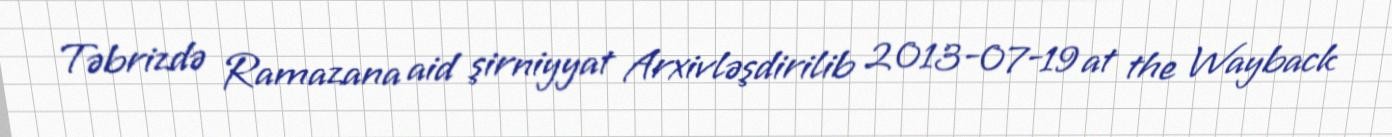
Təbrizdə Ramazana aid şirniyyat Arxivləşdirilib 2013-07-19 at the Wayback